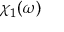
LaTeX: \chi _ { 1 } ( \omega )